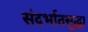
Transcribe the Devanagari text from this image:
संदर्भातसुद्धा